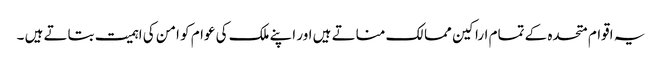
یہ اقوام متحدہ کے تمام اراکین ممالک مناتے ہیں اور اپنے ملک کی عوام کو امن کی اہمیت بتاتے ہیں ۔